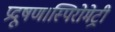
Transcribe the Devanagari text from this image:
प्रदूषण।स्पिरोमेट्री